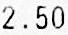
2.50